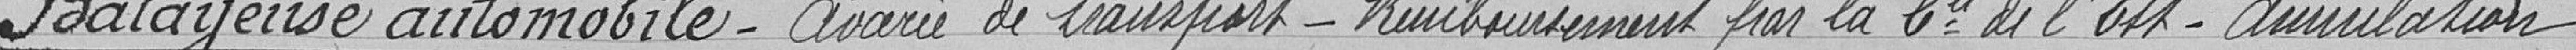
Balayeuse automobile - Avarie de transport - Remboursement par la Compagnie de l'Est - Annulation.